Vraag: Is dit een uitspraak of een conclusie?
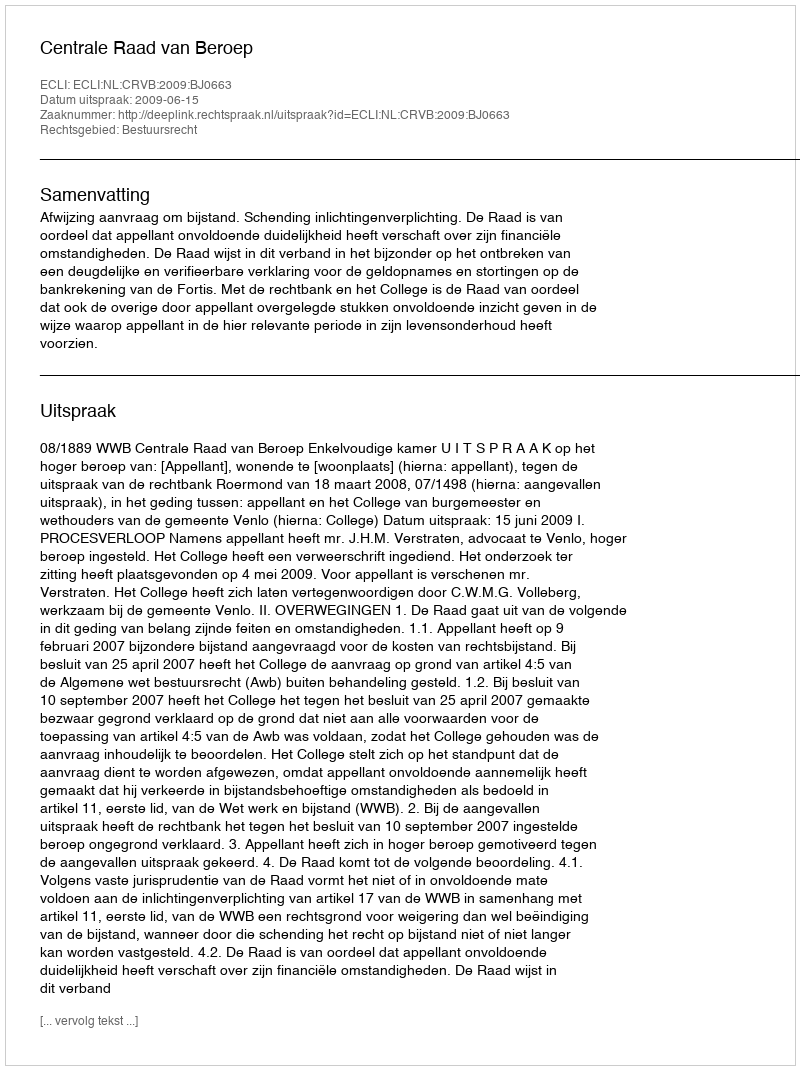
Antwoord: Uitspraak